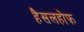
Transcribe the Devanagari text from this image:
हैसलहोफ़